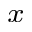
_ x